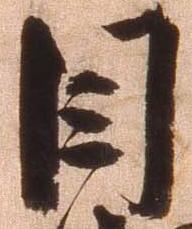
目